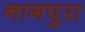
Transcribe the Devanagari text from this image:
नागपुरा